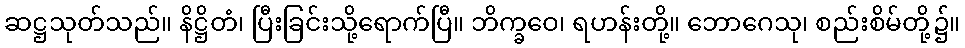
ဆဋ္ဌသုတ်သည်။ နိဋ္ဌိတံ၊ ပြီးခြင်းသို့ရောက်ပြီ။ ဘိက္ခဝေ၊ ရဟန်းတို့။ ဘောဂေသု၊ စည်းစိမ်တို့၌။